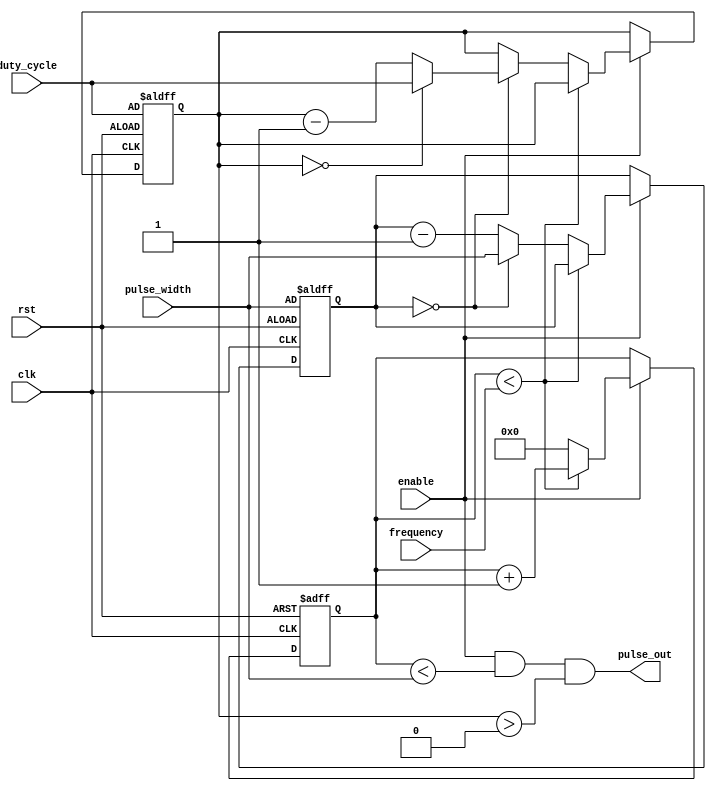
module ProgrammablePulseGenerator (
    input wire clk,
    input wire rst,
    input wire enable,
    input wire [7:0] pulse_width,
    input wire [7:0] frequency,
    input wire [7:0] duty_cycle,
    output reg pulse_out
);

reg [7:0] counter;
reg [7:0] pulse_width_count;
reg [7:0] duty_cycle_count;

always @(posedge clk or posedge rst) begin
    if (rst) begin
        counter <= 8'b0;
        pulse_width_count <= pulse_width;
        duty_cycle_count <= duty_cycle;
    end else begin
        if (enable) begin
            if (counter < frequency) begin
                counter <= counter + 1'b1;
            end else begin
                counter <= 8'b0;
                pulse_width_count <= pulse_width_count - 1'b1;
                if (pulse_width_count == 0) begin
                    pulse_width_count <= pulse_width;
                    duty_cycle_count <= duty_cycle_count - 1'b1;
                    if (duty_cycle_count == 0) begin
                        duty_cycle_count <= duty_cycle;
                    end
                end
            end
        end
    end
end

assign pulse_out = (enable && counter < pulse_width && duty_cycle_count > 0);

endmodule